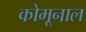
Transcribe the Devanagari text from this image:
कोमूनाल